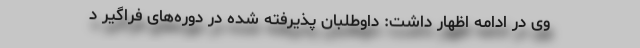
وی در ادامه اظهار داشت: داوطلبان پذیرفته شده در دوره‌های فراگیر د